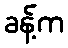
ခန့်က